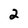
Character: 2